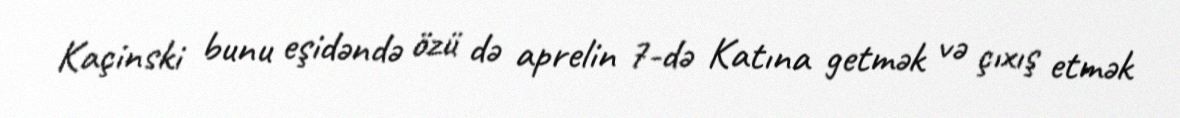
Kaçinski bunu eşidəndə özü də aprelin 7-də Katına getmək və çıxış etmək